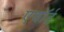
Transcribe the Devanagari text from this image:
एवॉर्ड